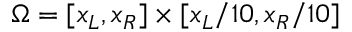
\Omega = [ x _ { L } , x _ { R } ] \times [ x _ { L } / 1 0 , x _ { R } / 1 0 ]